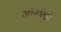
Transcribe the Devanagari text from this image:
जॉनविले